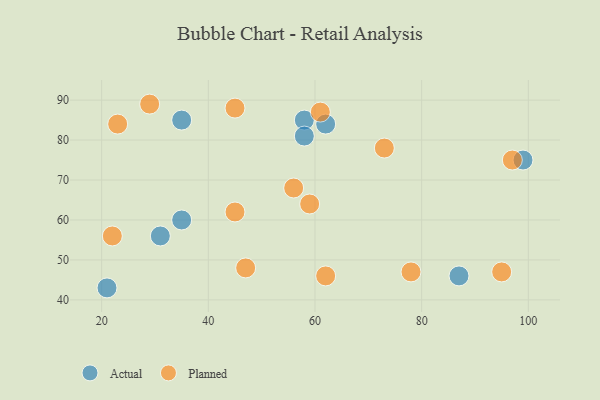
{"axis": {"x": "GDP", "y": "Life Expectancy"}, "legend": ["Actual", "Planned"], "data": [{"x": "58", "y": 85, "type": "Actual"}, {"x": "62", "y": 84, "type": "Actual"}, {"x": "35", "y": 60, "type": "Actual"}, {"x": "87", "y": 46, "type": "Actual"}, {"x": "99", "y": 75, "type": "Actual"}, {"x": "35", "y": 85, "type": "Actual"}, {"x": "31", "y": 56, "type": "Actual"}, {"x": "21", "y": 43, "type": "Actual"}, {"x": "58", "y": 81, "type": "Actual"}, {"x": "73", "y": 78, "type": "Planned"}, {"x": "97", "y": 75, "type": "Planned"}, {"x": "95", "y": 47, "type": "Planned"}, {"x": "29", "y": 89, "type": "Planned"}, {"x": "62", "y": 46, "type": "Planned"}, {"x": "22", "y": 56, "type": "Planned"}, {"x": "23", "y": 84, "type": "Planned"}, {"x": "47", "y": 48, "type": "Planned"}, {"x": "45", "y": 62, "type": "Planned"}, {"x": "78", "y": 47, "type": "Planned"}, {"x": "59", "y": 64, "type": "Planned"}, {"x": "56", "y": 68, "type": "Planned"}, {"x": "61", "y": 87, "type": "Planned"}, {"x": "45", "y": 88, "type": "Planned"}]}